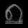
Digit: ၈